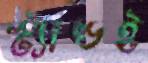
স্ট্যান্ডই